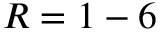
R = 1 - 6